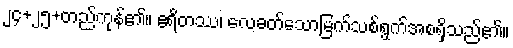
၂၄+၂၅+တည်ကုန်၏။ ဧရိတဿ၊ လေခတ်သောမြက်သစ်ရွက်အစရှိသည်၏။